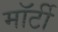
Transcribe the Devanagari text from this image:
मॉर्टी